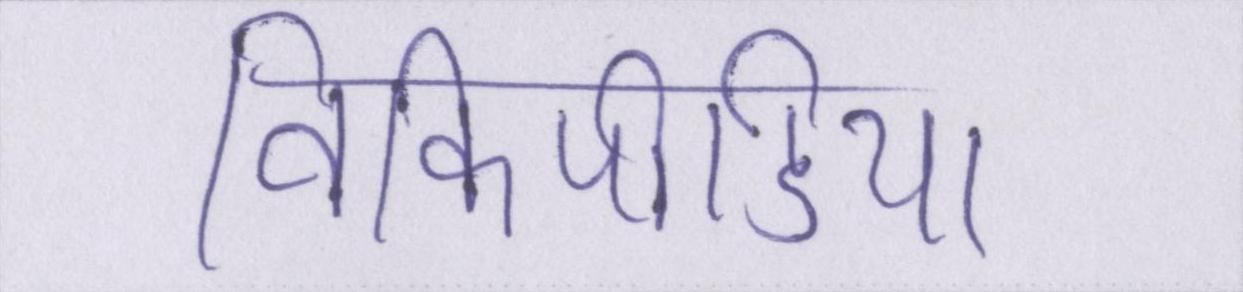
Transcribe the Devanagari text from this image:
विकिपीडिया